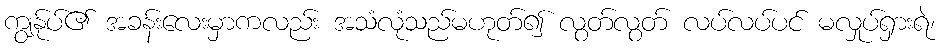
ကျွန်ုပ်၏ အခန်းလေးမှာကလည်း အသံလုံသည်မဟုတ်၍ လွတ်လွတ် လပ်လပ်ပင် မလှုပ်ရှားရဲ၊